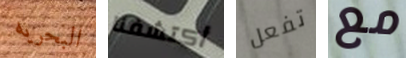
البحريه أكتشفنا تفعل مع